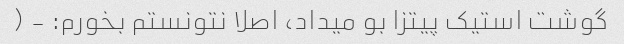
گوشت استیک پیتزا بو میداد، اصلا نتونستم بخورم: - (